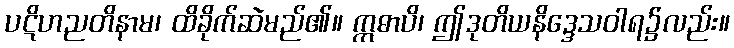
ပဋိဟညတိနာမ၊ ထိခိုက်ဆဲမည်၏။ ဣဓာပိ၊ ဤဒုတိယနိဒ္ဒေသဝါရ၌လည်း။